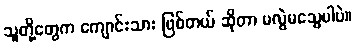
သူတို့တွေက ကျောင်းသား ဖြစ်တယ် ဆိုတာ မလွဲမသွေပါပဲ။